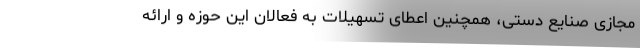
مجازی صنایع دستی، همچنین اعطای تسهیلات به فعالان این حوزه و ارائه